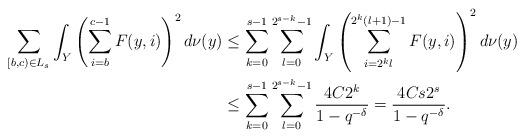
LaTeX: \begin{align*}\displaybreak[0] \sum_{[b,c)\in L_s}\int_Y\left(\sum_{i=b}^{c-1} F(y,i)\right)^2d\nu(y)&\le\sum_{k=0}^{s-1}\sum_{l=0}^{2^{s-k}-1}\int_Y\left(\sum_{i=2^kl}^{2^k(l+1)-1}F(y,i)\right)^2d\nu(y)\\\displaybreak[0] &\le\sum_{k=0}^{s-1}\sum_{l=0}^{2^{s-k}-1}\frac{4C2^k}{1-q^{-\delta}}=\frac{4Cs2^s}{1-q^{-\delta}}.\end{align*}